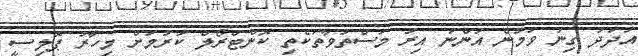
އަދަދު ގިނަ ވަމުން އަންނަ އިރު މަސްތުވާތަކެތި ކޮންޓްރޯލް ކުރުމަށް މިހާރު ޕޮލިސީ